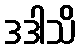
ဒဒါသိ